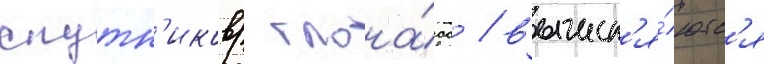
спутн'иков/ глона́сс / вычисл'я́ютс'я